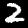
Label: 2